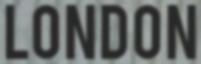
LONDON